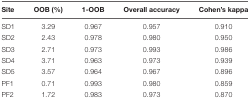
| Site | OOB (%) | 1-OOB | Overall accuracy | Cohen’s kappa |
 | --- | --- | --- | --- | --- |
 | SD1 | 3.29 | 0.967 | 0.957 | 0.910 |
 | SD2 | 2.43 | 0.978 | 0.980 | 0.950 |
 | SD3 | 2.71 | 0.973 | 0.993 | 0.986 |
 | SD4 | 3.71 | 0.963 | 0.973 | 0.939 |
 | SD5 | 3.57 | 0.964 | 0.967 | 0.896 |
 | PF1 | 0.71 | 0.993 | 0.980 | 0.859 |
 | PF2 | 1.72 | 0.983 | 0.973 | 0.870 |